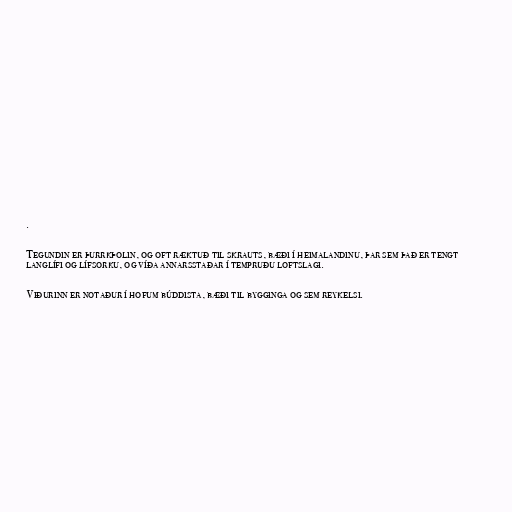
.

Tegundin er þurrkþolin, og oft ræktuð til skrauts, bæði í heimalandinu, þar sem það er tengt
langlífi og lífsorku, og víða annarsstaðar í tempruðu loftslagi.

Viðurinn er notaður í hofum búddista, bæði til bygginga og sem reykelsi.